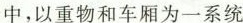
中，以重物和车厢为一系统